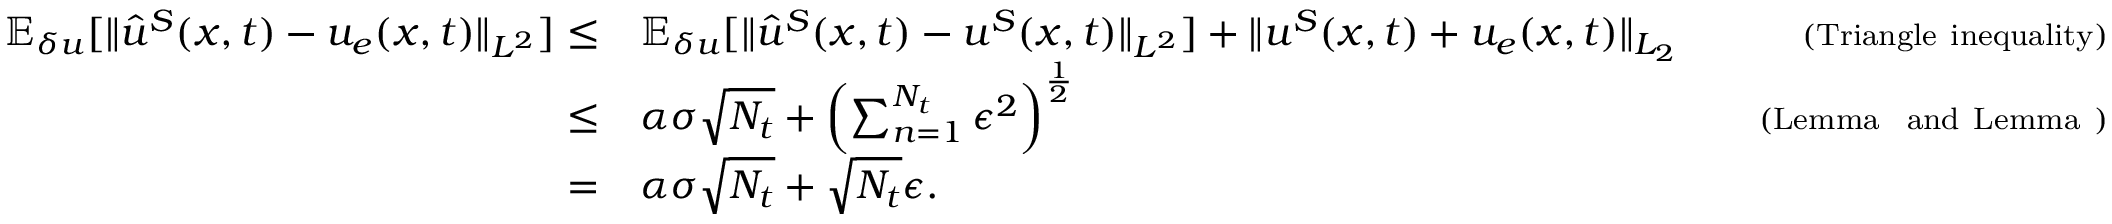
\begin{array} { r l r } { \mathbb { E } _ { \delta u } [ \| \hat { u } ^ { S } ( \boldsymbol { x } , t ) - u _ { e } ( \boldsymbol { x } , t ) \| _ { L ^ { 2 } } ] \le } & { \mathbb { E } _ { \delta u } [ \| \hat { u } ^ { S } ( \boldsymbol { x } , t ) - u ^ { S } ( \boldsymbol { x } , t ) \| _ { L ^ { 2 } } ] + \| u ^ { S } ( \boldsymbol { x } , t ) + u _ { e } ( \boldsymbol { x } , t ) \| _ { L _ { 2 } } } & { \quad { \scriptstyle ( \mathrm { T r i a n g l e ~ i n e q u a l i t y } ) } } \\ { \le } & { \alpha \sigma \sqrt { N _ { t } } + \left( \sum _ { n = 1 } ^ { N _ { t } } \epsilon ^ { 2 } \right) ^ { \frac { 1 } { 2 } } } & { \quad { \scriptstyle ( \mathrm { L e m m a ~ ~ a n d ~ L e m m a ~ } ) } } \\ { = } & { \alpha \sigma \sqrt { N _ { t } } + \sqrt { N _ { t } } \epsilon . } & \end{array}